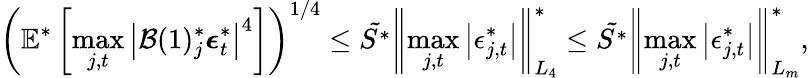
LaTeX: \left(\mathbb{E}^{*}\left[\operatorname*{max}_{j,t}\left\lvert\mathcal{B}(1)_{j}^{*}\boldsymbol{\epsilon}_{t}^{*}\right\rvert^{4}\right]\right)^{1/4}\leq\tilde{S^{*}}\left\lVert\operatorname*{max}_{j,t}\left\lvert\epsilon_{j,t}^{*}\right\rvert\right\rVert_{L_{4}}^{*}\leq\tilde{S^{*}}\left\lVert\operatorname*{max}_{j,t}\left\lvert\epsilon_{j,t}^{*}\right\rvert\right\rVert_{L_{m}}^{*},